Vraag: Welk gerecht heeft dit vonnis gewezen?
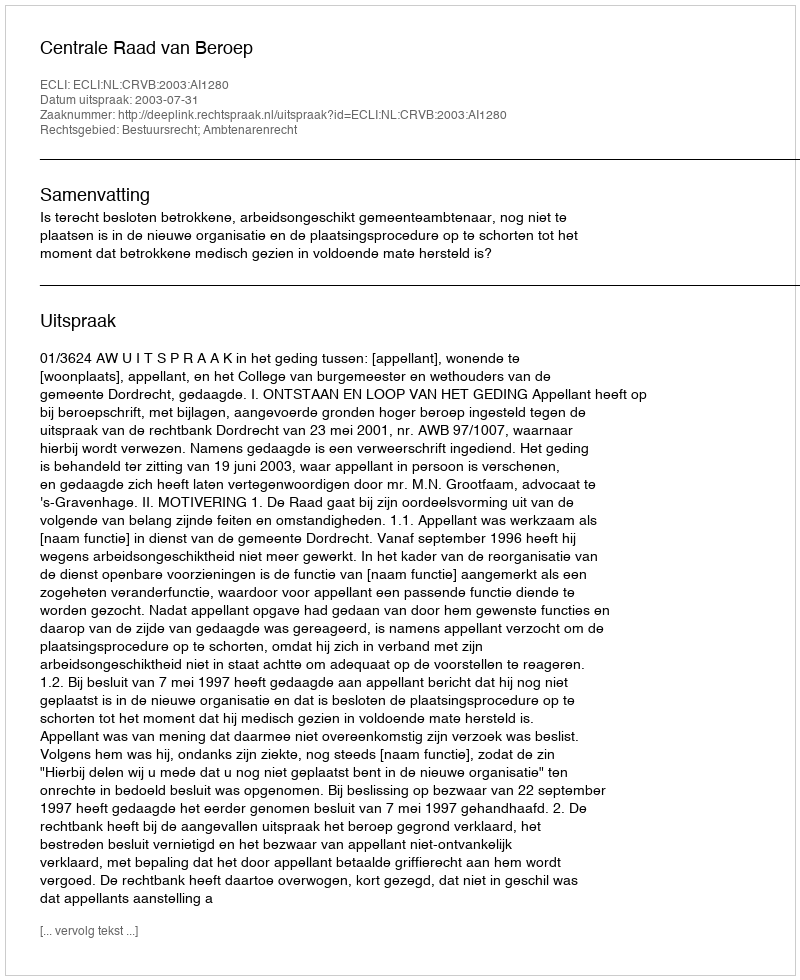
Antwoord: Centrale Raad van Beroep